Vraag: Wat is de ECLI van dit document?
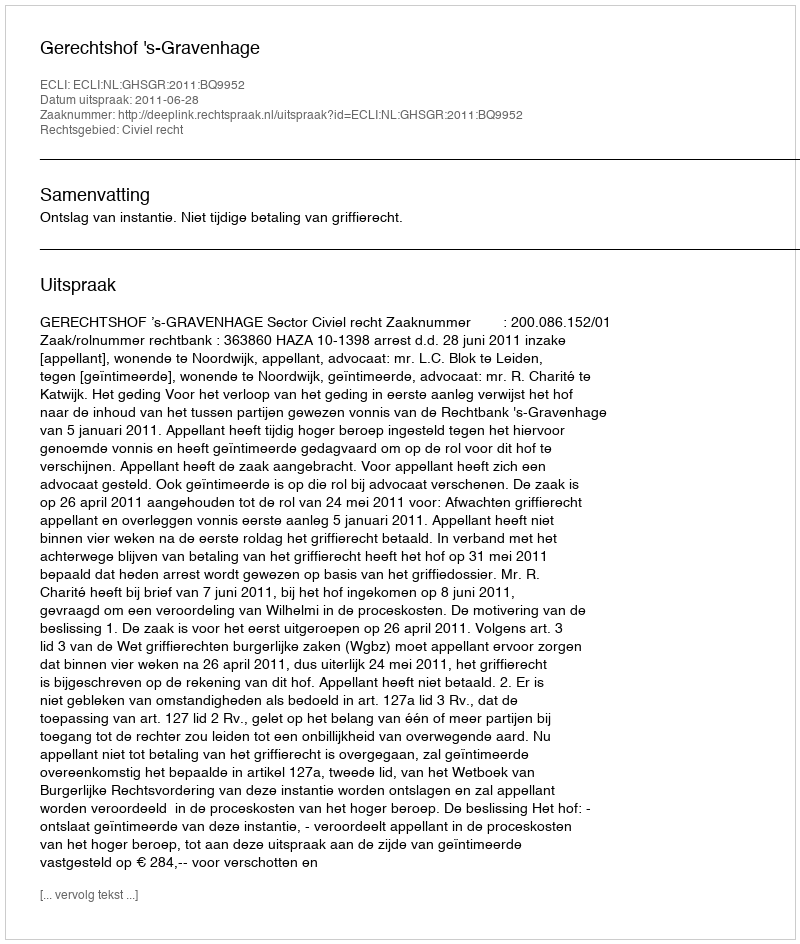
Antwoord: ECLI:NL:GHSGR:2011:BQ9952